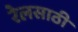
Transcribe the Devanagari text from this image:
रेलसाठी